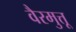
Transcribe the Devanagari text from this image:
वैरमुत्तू